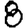
Digit: 8